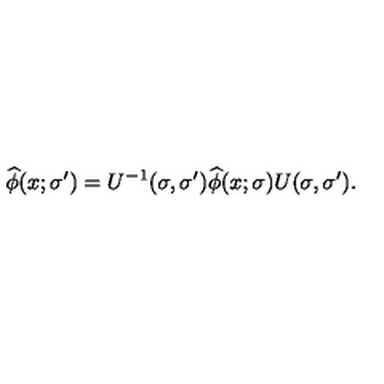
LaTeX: \widehat { \phi } ( x ; \sigma ^ { \prime } ) = U ^ { - 1 } ( \sigma , \sigma ^ { \prime } ) \widehat { \phi } ( x ; \sigma ) U ( \sigma , \sigma ^ { \prime } ) .